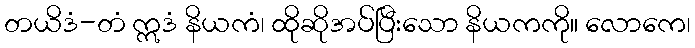
တယိဒံ-တံ ဣဒံ နိယကံ၊ ထိုဆိုအပ်ပြီးသော နိယကကို။ လောကေ၊